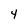
Character: 4